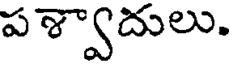
పశ్వాదులు.